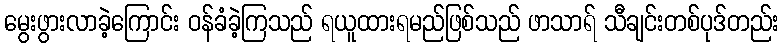
မွေးဖွားလာခဲ့ကြောင်း ဝန်ခံခဲ့ကြသည် ရယူထားရမည်ဖြစ်သည် ဖာသာရ် သီချင်းတစ်ပုဒ်တည်း